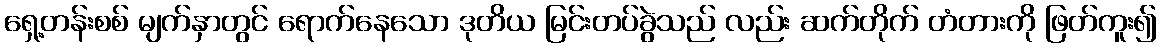
ရှေ့တန်းစစ် မျက်နှာတွင် ရောက်နေသော ဒုတိယ မြင်းတပ်ခွဲသည် လည်း ဆက်တိုက် တံတားကို ဖြတ်ကူး၍